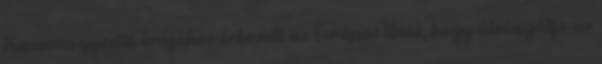
Huszonnegyedik órájához érkezett az Európai Unió, hogy átvizsgálja az